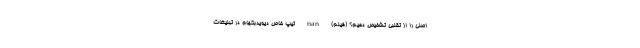
اصلی را از تقلبی تشخیص دهیم؟ (فیلم) nan تیپ خاص دیویدبکهام در تبلیغات